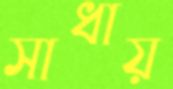
সাধায়